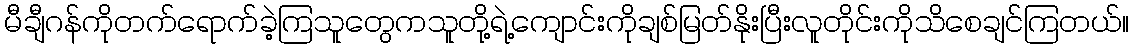
မီချီဂန်ကိုတက်ရောက်ခဲ့ကြသူတွေကသူတို့ရဲ့ကျောင်းကိုချစ်မြတ်နိုးပြီးလူတိုင်းကိုသိစေချင်ကြတယ်။